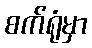
စက်ရုံမှာ